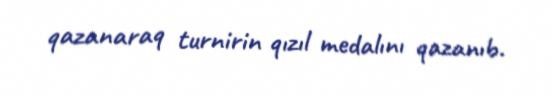
qazanaraq turnirin qızıl medalını qazanıb.